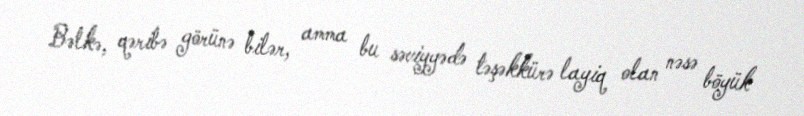
Bəlkə, qəribə görünə bilər, amma bu səviyyədə təşəkkürə layiq olan nəsə böyük